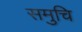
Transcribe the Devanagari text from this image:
समुचि